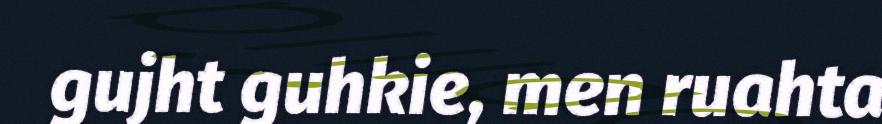
gujht guhkie, men ruahta